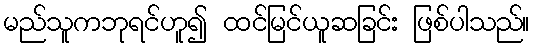
မည်သူကဘုရင်ဟူ၍ ထင်မြင်ယူဆခြင်း ဖြစ်ပါသည်။